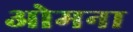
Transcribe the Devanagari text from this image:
ओमना